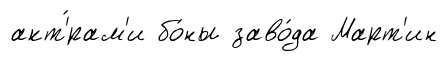
акт'́рам'и бо́ны заво́да Март'ин